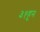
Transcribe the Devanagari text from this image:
३१हून